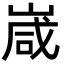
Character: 嵅